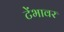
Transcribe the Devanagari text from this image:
टेंभावर